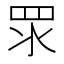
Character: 眔